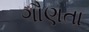
ગૌણતા